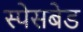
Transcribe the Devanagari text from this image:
स्पेसबेड